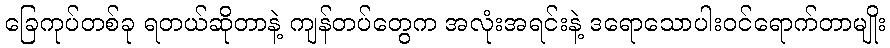
ခြေကုပ်တစ်ခု ရတယ်ဆိုတာနဲ့ ကျန်တပ်တွေက အလုံးအရင်းနဲ့ ဒရောသောပါးဝင်ရောက်တာမျိုး